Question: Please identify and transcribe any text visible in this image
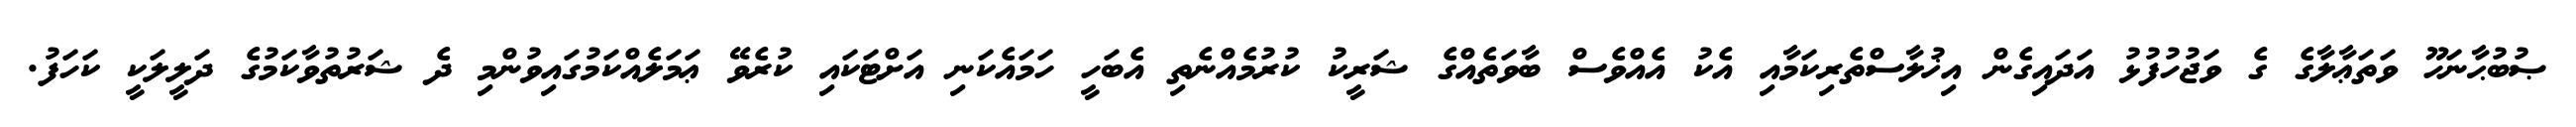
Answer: ޞުބުޙާނަހޫ ވަތަޢާލާގެ ގެ ވަޖުހުފުޅު އަދައިގެން އިޚުލާސްތެރިކަމާއި އެކު އެއްވެސް ބާވަތެއްގެ ޝަރީކު ކުރުމެއްނެތި އެބަހީ ހަމައެކަނި އަށްޓަކައި ކުރެވޭ ޢަމަލެއްކަމުގައިވުންމި ދެ ޝަރުތުވާކަމުގެ ދަލީލަކީ ކަހަފު.